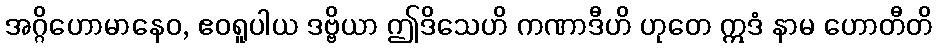
အဂ္ဂိဟောမာနေဝ, ဧဝရူပါယ ဒဗ္ဗိယာ ဤဒိသေဟိ ကဏာဒီဟိ ဟုတေ ဣဒံ နာမ ဟောတီတိ